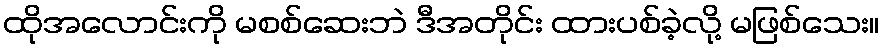
ထိုအလောင်းကို မစစ်ဆေးဘဲ ဒီအတိုင်း ထားပစ်ခဲ့လို့ မဖြစ်သေး။